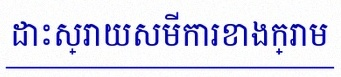
ដោះស្រាយសមីការខាងក្រោម